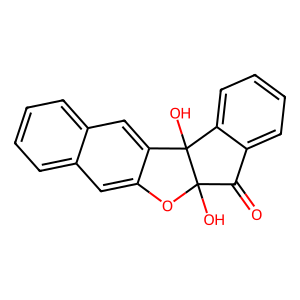
SMILES: O=C1c2ccccc2C2(O)c3cc4ccccc4cc3OC12O
Inhibits HIV replication: No